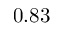
0 . 8 3